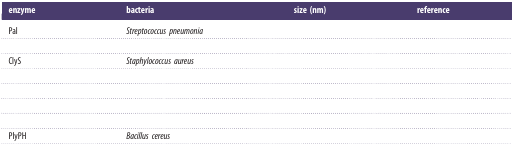
<table><thead><tr><td><b>enzyme</b></td><td><b>bacteria</b></td><td><b>size (nm)</b></td><td><b>reference</b></td></tr></thead><tbody><tr><td>Pal</td><td><i>Streptococcus pneumonia</i></td><td>[EMPTY_CELL]</td><td>[EMPTY_CELL]</td></tr><tr><td>[EMPTY_CELL]</td><td>[EMPTY_CELL]</td><td>[EMPTY_CELL]</td><td>[EMPTY_CELL]</td></tr><tr><td>ClyS</td><td><i>Staphylococcus aureus</i></td><td>[EMPTY_CELL]</td><td>[EMPTY_CELL]</td></tr><tr><td>[EMPTY_CELL]</td><td>[EMPTY_CELL]</td><td>[EMPTY_CELL]</td><td>[EMPTY_CELL]</td></tr><tr><td>[EMPTY_CELL]</td><td>[EMPTY_CELL]</td><td>[EMPTY_CELL]</td><td>[EMPTY_CELL]</td></tr><tr><td>[EMPTY_CELL]</td><td>[EMPTY_CELL]</td><td>[EMPTY_CELL]</td><td>[EMPTY_CELL]</td></tr><tr><td>[EMPTY_CELL]</td><td>[EMPTY_CELL]</td><td>[EMPTY_CELL]</td><td>[EMPTY_CELL]</td></tr><tr><td>PlyPH</td><td><i>Bacillus cereus</i></td><td>[EMPTY_CELL]</td><td>[EMPTY_CELL]</td></tr></tbody></table>